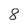
Character: 8